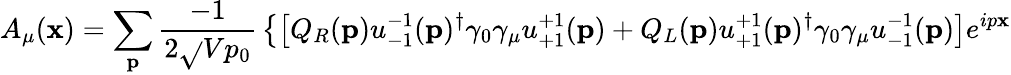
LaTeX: A_{\mu}(\mathbf{x})=\sum_{\mathbf{{p}}}{\frac{{-1}}{{2{\sqrt{}{{Vp_{0}}}}}}}\left\{ \left[Q_{R}(\mathbf{{p}})u_{-1}^{-1}(\mathbf{{p}})^{\dagger}\gamma_{0}\gamma_{\mu}u_{+1}^{+1}(\mathbf{{p}})+Q_{L}(\mathbf{{p}})u_{+1}^{+1}(\mathbf{{p}})^{\dagger}\gamma_{0}\gamma_{\mu}u_{-1}^{-1}(\mathbf{{p}})\right]e^{ip\mathbf{x}}\right.